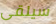
سيلقى